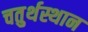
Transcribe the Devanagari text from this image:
चतुर्थस्थान